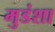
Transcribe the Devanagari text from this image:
मुडंशा